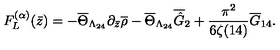
F _ { L } ^ { ( \alpha ) } ( \bar { z } ) = - \overline { { \Theta } } _ { \Lambda _ { 2 4 } } \partial _ { \bar { z } } \overline { { \rho } } - \overline { { \Theta } } _ { \Lambda _ { 2 4 } } \overline { { \hat { G } } } _ { 2 } + \frac { \pi ^ { 2 } } { 6 \zeta ( 1 4 ) } \overline { { G } } _ { 1 4 } .